Civil Veterinary Department Bihar & Orissa reports 1929-36 - 1929-1936
Year: 1929
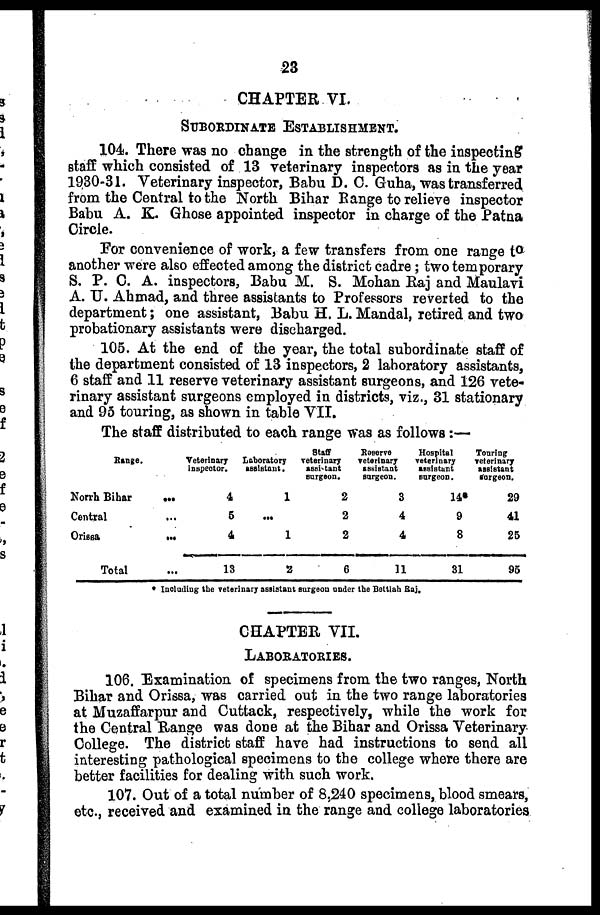
23
CHAPTER VI.
SUBORDINATE ESTABLISHMENT.
104. There was no change in the strength of the inspecting
staff which consisted of 13 veterinary inspectors as in the year
1930-31. Veterinary inspector, Babu D. C. Guha, was transferred
from the Central to the North Bihar Range to relieve inspector
Babu A. K. Ghose appointed inspector in charge of the Patna
Circle.
For convenience of work, a few transfers from one range to
another were also effected among the district cadre ; two temporary
S. P. C. A. inspectors, Babu M. S. Mohan Raj and Maulavi
A. U. Ahmad, and three assistants to Professors reverted to the
department; one assistant, Babu H. L. Mandal, retired and two
probationary assistants were discharged.
105. At the end of the year, the total subordinate staff of
the department consisted of 13 inspectors, 2 laboratory assistants,
6 staff and 11 reserve veterinary assistant surgeons, and 126 vete-
rinary assistant surgeons employed in districts, viz., 31 stationary
and 95 touring, as shown in table VII.
The staff distributed to each range was as follows:—
Range.
North Bihar
...
Central
...
Orissa
...
Total
Veterinary
inspector.
4
5
4
13
Laboratory
assistant.
1
...
1
2
Staff
veterinary
assistant
surgeon.
2
2
2
6
Reserve
veterinary
assistant
surgeon.
3
4
4
11
Hospital
veterinary
assistant
surgeon.
14*
9
8
31
Touring
veterinary
assistant
surgeon.
29
41
25
95
* Including the veterinary assistant surgeon under the Bettiab. Raj.
CHAPTER VII.
LABORATORIES.
106. Examination of specimens from the two ranges, North
Bihar and Orissa, was carried out in the two range laboratories
at Muzaffarpur and Cuttack, respectively, while the work for
the Central Range was done at the Bihar and Orissa Veterinary
College. The district staff have had instructions to send all
interesting pathological specimens to the college where there are
better facilities for dealing with such work.
107. Out of a total number of 8,240 specimens, blood smears,
etc., received and examined in the range and college laboratories